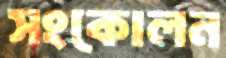
সংকোলন